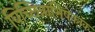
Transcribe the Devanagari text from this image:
विच्छिन्नाभिषेकांक